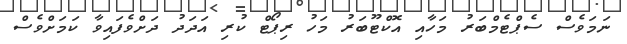
ނަމަވެސް ސެޕްޓެމްބަރު މަހާއި އޮކްޓޫބަރު މަހު ރިޕޯޓް ކުރި އަދަދު ދަށްވެފައިވާ ކަމަށްވެސް